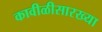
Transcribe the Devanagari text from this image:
कावीळीसारख्या